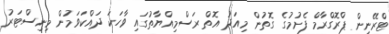
ޓްރޭނިން ޕްރޮގްރާމް ފެށުމުގެ ގޮތުން މިއަދު އޮތް ރަސްމިއްޔާތުގައި ވާހަކަ ދައްކަވަމުން މިނިސްޓަރު